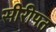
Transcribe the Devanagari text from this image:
सीरीपत